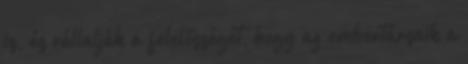
is, és vállalják a felelősségét, hogy az embertársaik a